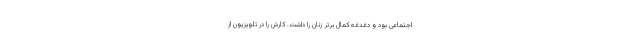
اجتماعی بود و دغدغه کمال برتر زنان را داشت. کارش را در تلویزیون از